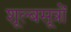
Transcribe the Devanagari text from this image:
शूल्बसूत्रों